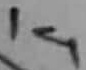
Text: 14